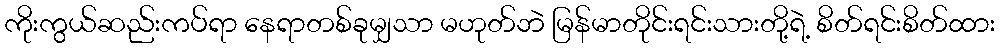
ကိုးကွယ်ဆည်းကပ်ရာ နေရာတစ်ခုမျှသာ မဟုတ်ဘဲ မြန်မာတိုင်းရင်းသားတို့ရဲ့ စိတ်ရင်းစိတ်ထား